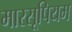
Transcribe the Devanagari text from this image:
मारसूपियम